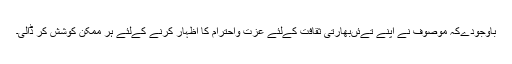
باوجودےکہ موصوف نے اپنے تےئںبھارتی ثقافت کےلئے عزت واحترام کا اظہار کرنے کےلئے ہر ممکن کوشش کر ڈالی۔